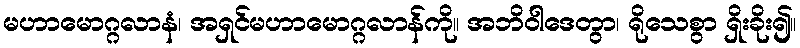
မဟာမောဂ္ဂလာနံ၊ အရှင်မဟာမောဂ္ဂလာန်ကို။ အဘိဝါဒေတွာ၊ ရိုသေစွာ ရှိးခိုး၍။